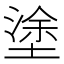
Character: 塗